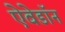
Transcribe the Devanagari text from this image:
ऐवेडॉन